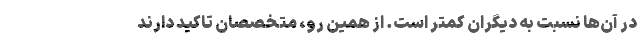
در آن‌ها نسبت به دیگران کمتر است. از همین رو، متخصصان تاکید دارند